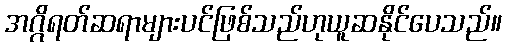
အဂ္ဂိရတ်ဆရာများပင်ဖြစ်သည်ဟုယူဆနိုင်ပေသည်။